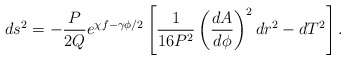
\begin{align*}ds^2=-\frac{P}{2Q}e^{\chi f-\gamma \phi /2}\left[\frac{1}{16P^2}\left(\frac{dA}{d\phi} \right)^2 dr^2-dT^2 \right].\end{align*}